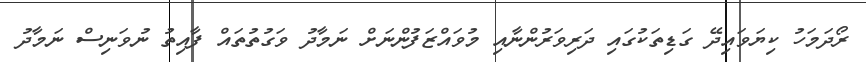
ރޯދަމަހު ކިޔަވައިދޭ ގަޑިތަކުގައި ދަރިވަރުންނާއި މުވައްޒަފުންނަށް ނަމާދު ވަގުތުތައް ފާއިތު ނުވަނިސް ނަމާދު